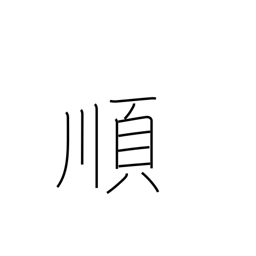
Meaning: obey